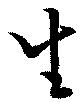
生